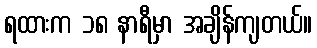
ရထားက ၁၈ နာရီမှာ အချိန်ကျတယ်။